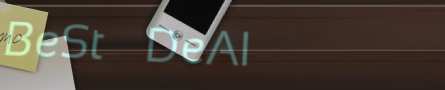
BeSt DeAl